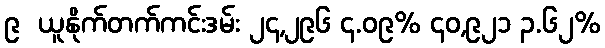
၉  ယူနိုက်တက်ကင်းဒမ်း ၂၄,၂၉၆ ၄.၀၉% ၄၀,၉၂၁ ၃.၆၂%